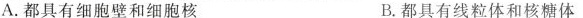
A.都具有细胞壁和细胞核 B.都具有线粒体和核糖体